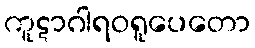
ကူဋာဂါရဝရူပေတော